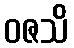
ဝဇသိ